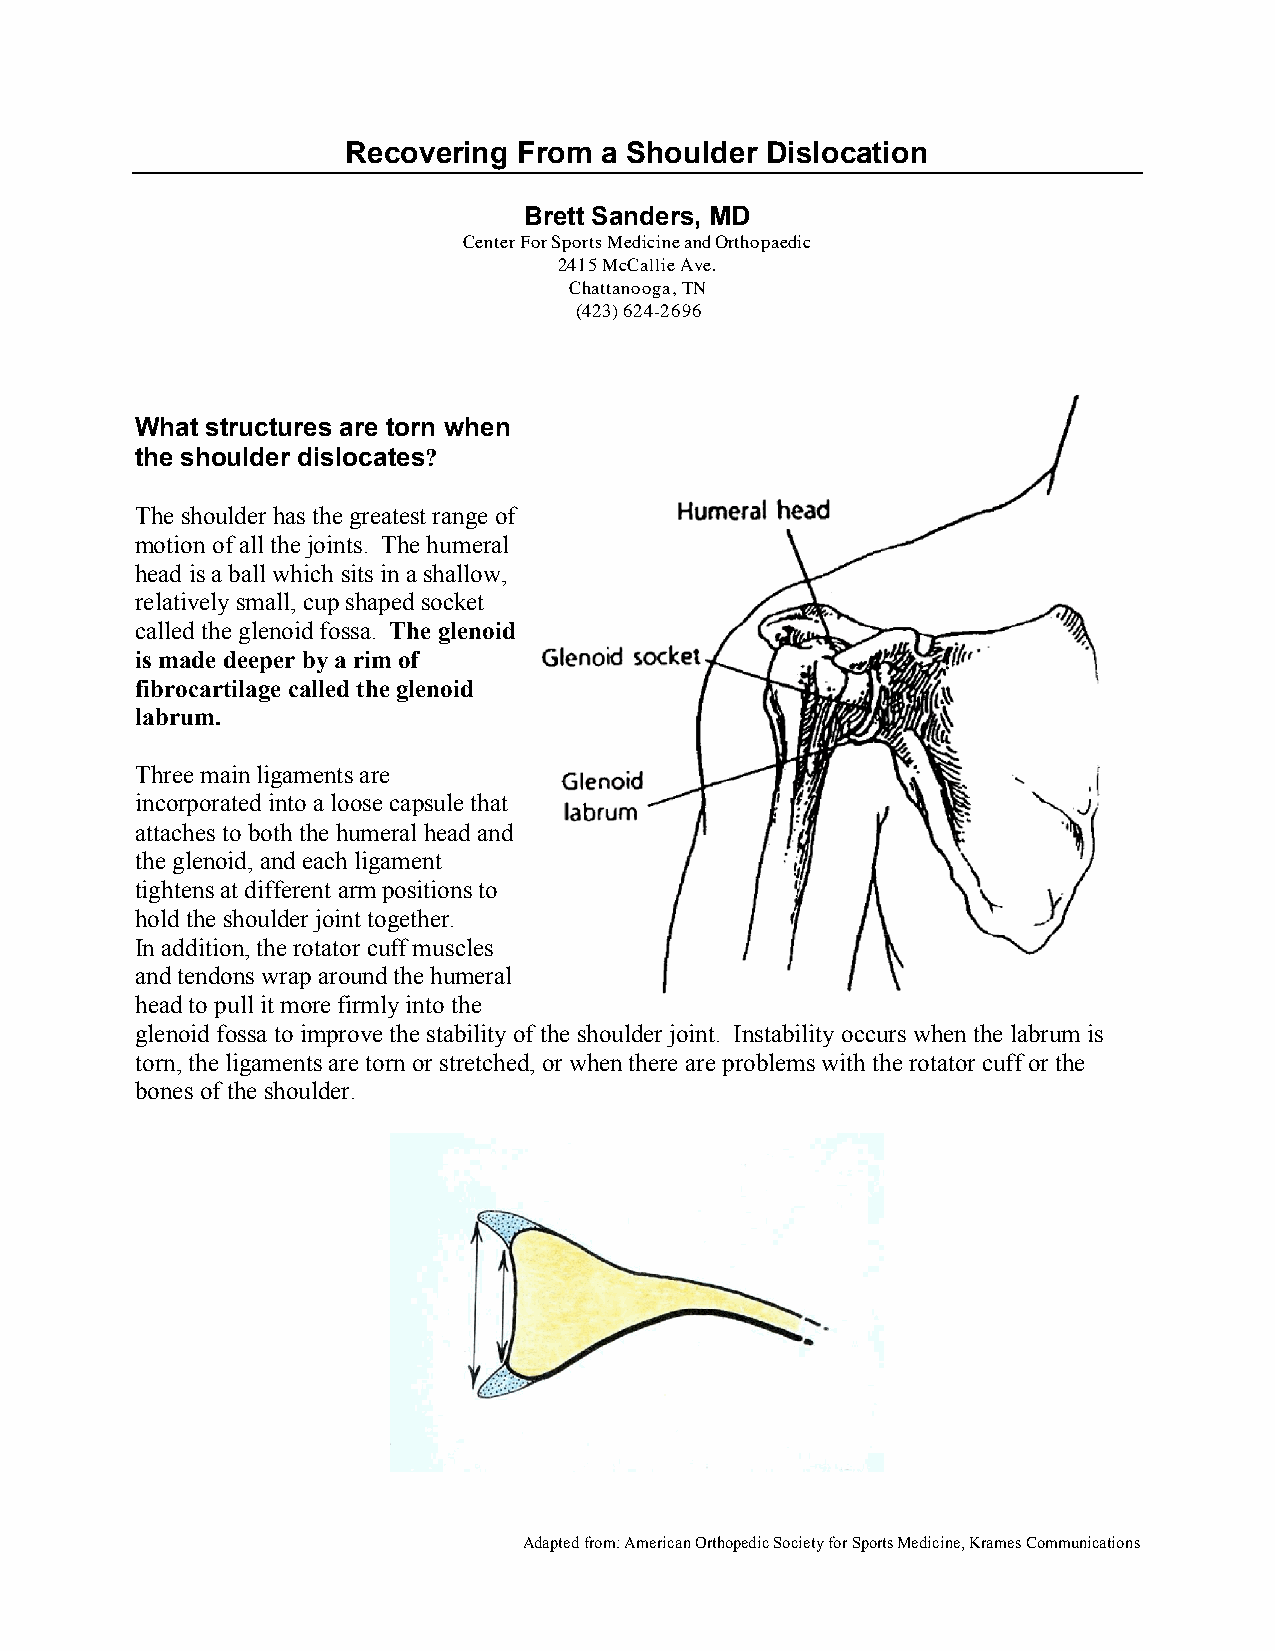
Recovering From  a Shoulder Dislocation
 Brett Sanders, MD
 Center For Sports Medicine and Orthopaedic
 2415 McCallie Ave.
 Chattanooga, TN
 (423) 624-2696
 What structures are torn when
 the shoulder dislocates?
 The shoulder has the greatest range of
 motion of all the joints. The humeral
 head is a ball which sits in a shallow,
 relatively small, cup shaped socket
 called the glenoid fossa. The glenoid
 is made deeper by a rim of
 fibrocartilage called the glenoid
 labrum.
 Three main ligaments are
 incorporated into a loose capsule that
 attaches to both the humeral head and
 the glenoid, and each ligament
 tightens at different arm positions to
 hold the shoulder joint together.
 In addition, the rotator cuff muscles
 and tendons wrap around the humeral
 head to pull it more firmly into the
 glenoid fossa to improve the stability of the shoulder joint. Instability occurs when the labrum is
 torn, the ligaments are torn or stretched, or when there are problems with the rotator cuff or the
 bones of the shoulder.
 Adapted from: American Orthopedic Society for Sports Medicine, Krames Communications